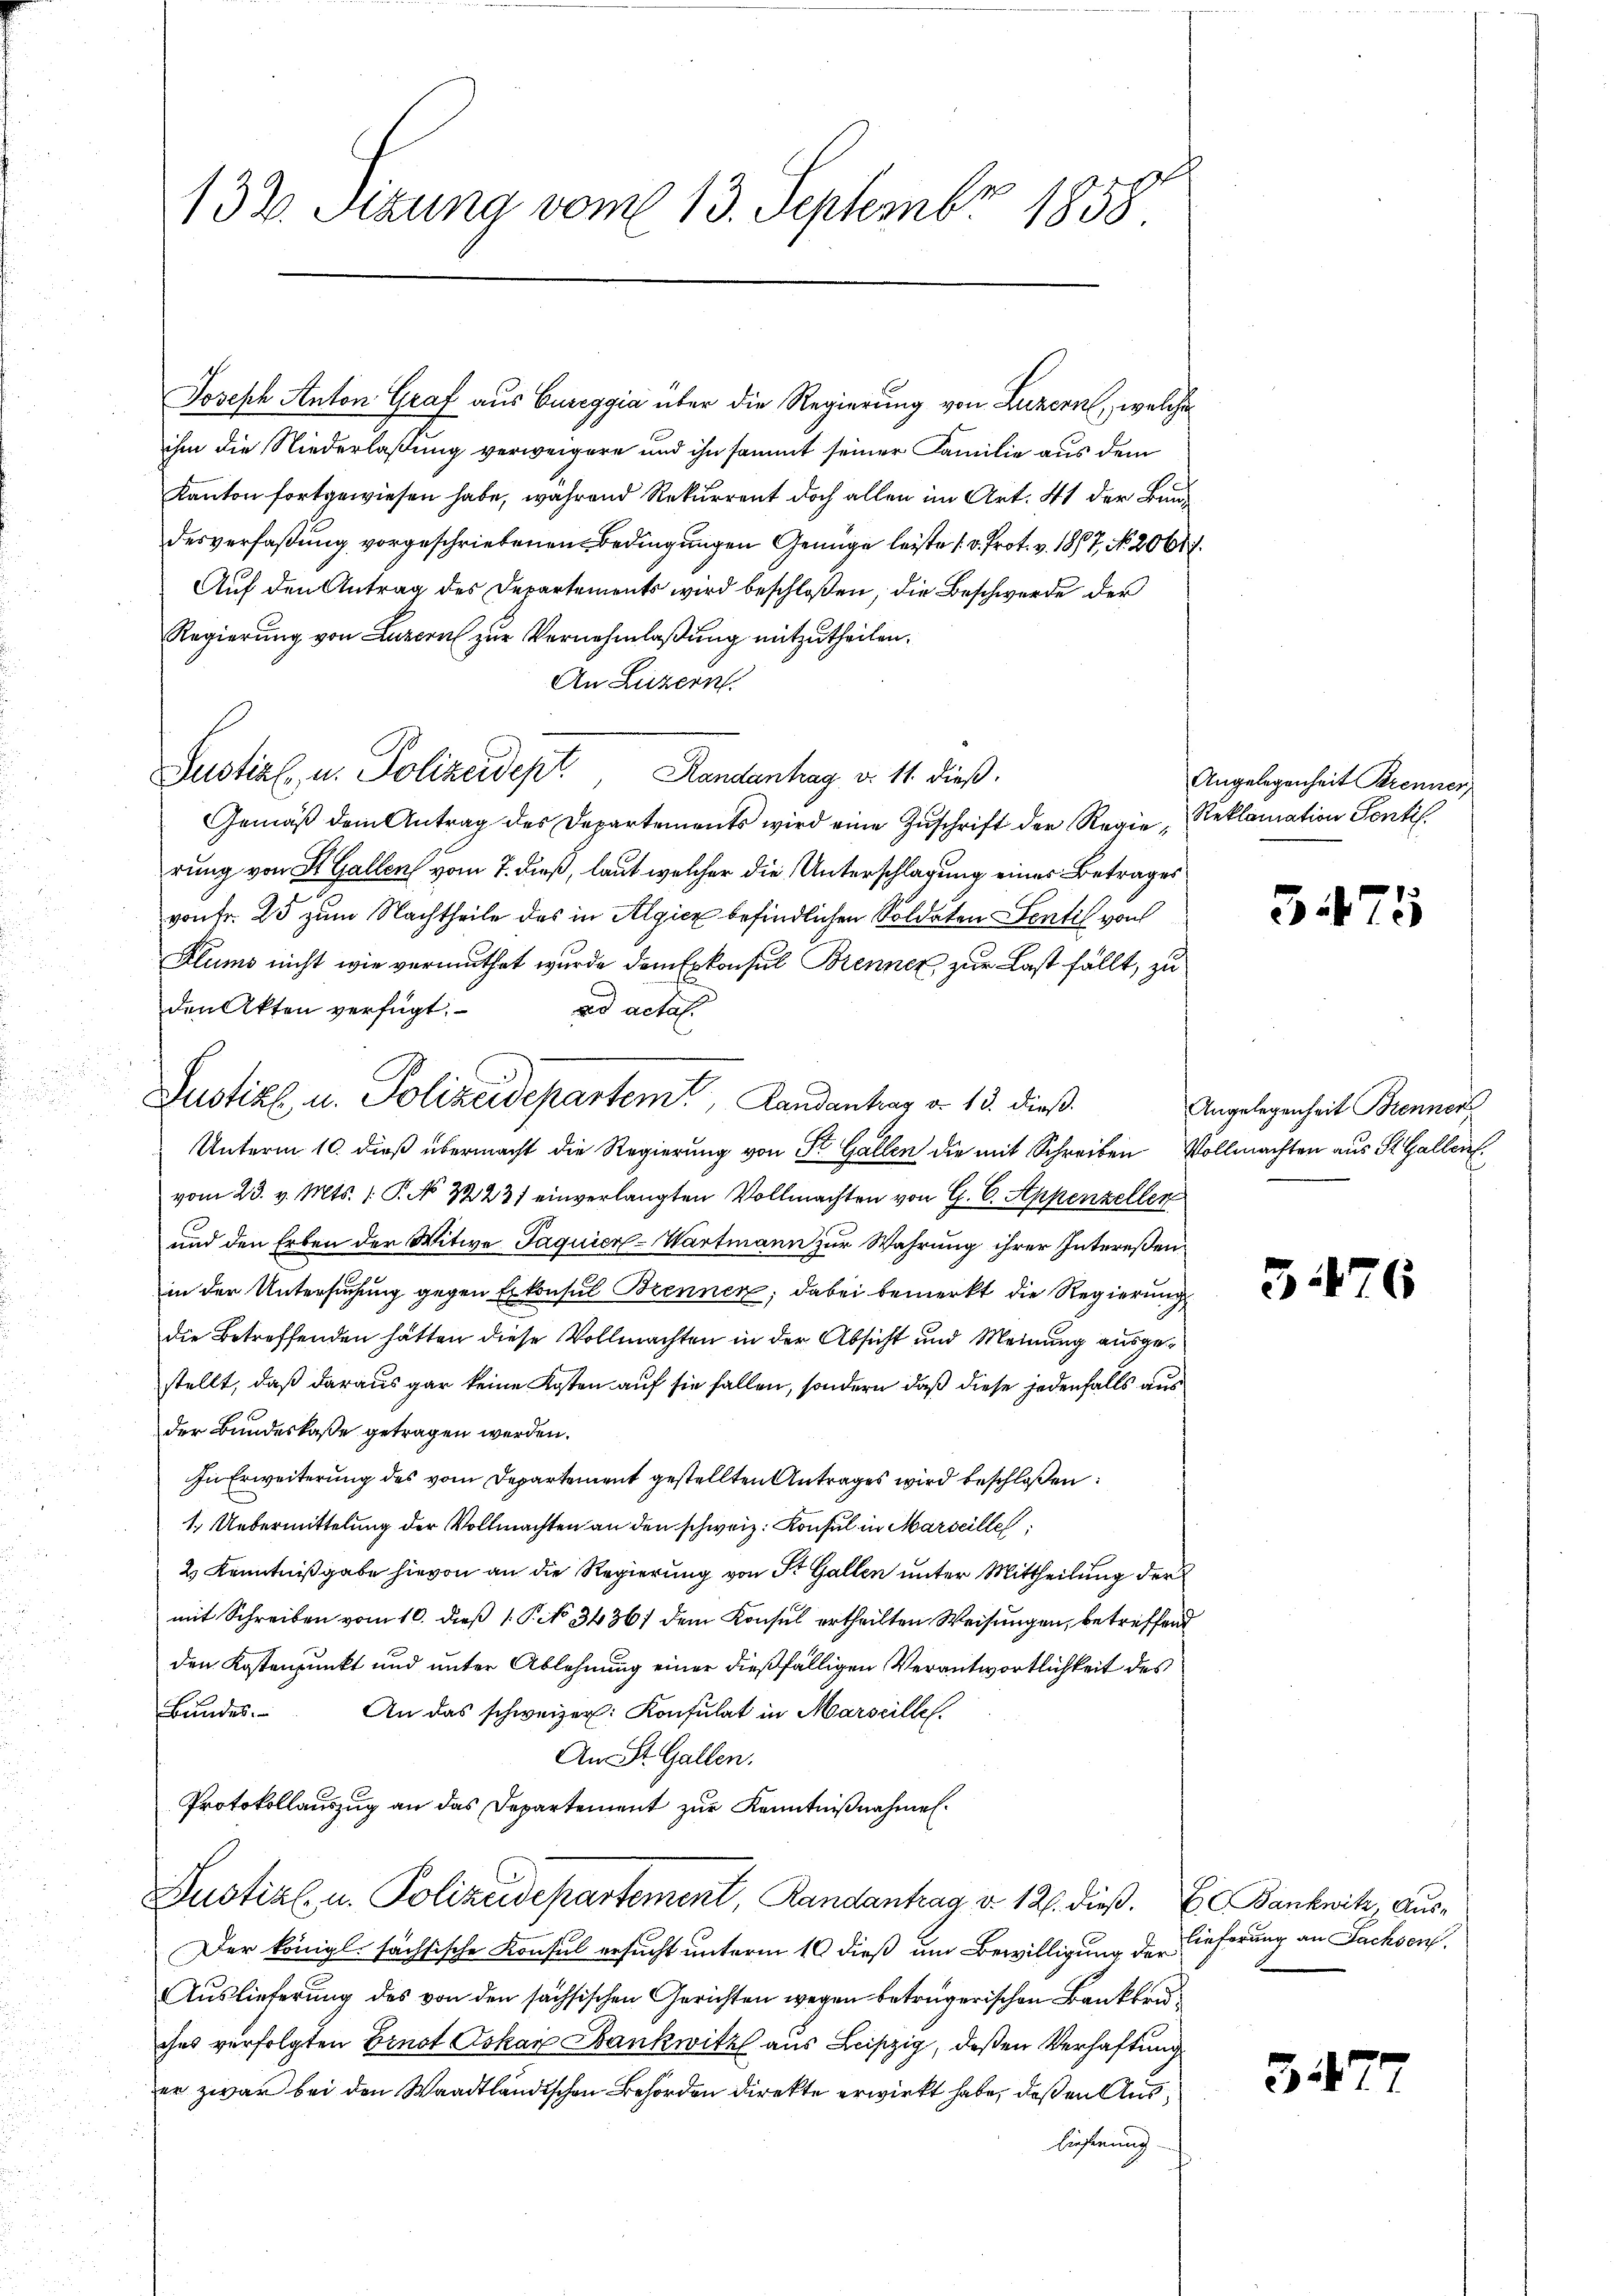
132. Sizung vom 13. Septembr 1858

Joseph Anton Graf aus Bureggia über die Regierung von Luzern, welche
ihm die Niederlaßung verweigere und ihn sammt seiner Familie aus dem
Kanton fortgewiesen habe, während Rekurrent doch allen im Art. 41 der Bund
desverfaßung vorgeschriebenen Bedingungen Genüge leiste 1 v. Prot. v. 1867, No. 2061.
Auf den Antrag des Departements wird beschloßen, die Beschwerde der
Regierung von Luzern zur Vernehmlaßung mitzutheilen.
An Luzern
Justiz- u. Polizeidept., Randantrag d. 11. dieß.
Gemäß dem Antrag des Departements wird eine Zuschrift der Regie Reklamation Sentil
rung von St. Gallen vom 7. dieß, laut welcher die Unterschlagung eines Betrages
vonFr. 25 zum Nachtheile des in Algicz befindlichen Soldaten Sentil von
Glums nicht wie vermuthet wurde dem Erkonsul Brenner, zur Last fällt, zu
den Akten verfügt:
ad actat.
Unterm 10. dieß übermacht die Regierung von St. Gallen die mit Schreiben Vollmachten aus St. Gallen
vom 23. v. Mts. 1 P. No 123) einverlangten Vollmachten von G. 6. Appenzeller
und den Erben der Witwe Jaquier-Wartmann zur Wahrung ihrer Intereßenin der Untersuchung gegen Erkonsul Brennen; dabei bemerkt die Regierung
die Betreffenden hätten diese Vollmachten in der Absicht und Meinung ausgestellt, daß daraus gar keine Kosten auf sie fallen, sondern daß diese jedenfalls aus
der Bundeskasse getragen werden.
In Erweiterung des vom Departement gestellten Antrages wird beschloßen:
1. Uebermittelung der Vollmachten an den schweiz. Konsul in Marseille
2 Kenntnißgabe hievon an die Regierung von St. Gallen unter Mittheilung der
mit Schreiben vom 10. dieß 1. P. No 34361 dem Konsul ertheilten Weisungen, betreffend
den Kostenpunkt und unter Ablehnung einer dießfälligen Verantwortlichkeit des
Bundes. An das schweizer. Konsulat in Marseilles.
An St. Gallen.
Protokollauszug an das Departement zur Kenntnißnahmen.
Justial- u. Polizeidepartement, Randantrag v. 126. dieß. E. Banknitz, Aus¬
Der königl. sächsische Konsul ersucht unterm 10 dieß um Bewilligung der Lieferung an Sachson.
Auslieferung des von den sächsischen Gerichten wegen betrügerischen Bankkruches verfolgten Ernst Oskar Bankwitz aus Leipzig, deßen Verhaftung
er zwar bei den Waadtländischen Behörden direkte erwirkt habe, daß in Aus¬
Eieferung

Justiz u. Polizeidepartem Landantrag d. 13. dieß.

Angelegenheit Brenner,

3475

Angelegenheit Brenner

3

3

6